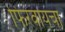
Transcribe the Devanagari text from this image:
फिरवायचा